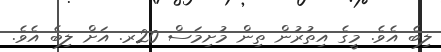
ލިބެ އެވެ. މީގެ އިތުރުން ތިން މުށިމަސް 20ރ. އަށް ލިބެ އެވެ.